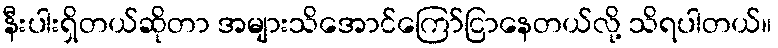
နီးပါးရှိတယ်ဆိုတာ အများသိအောင်ကြော်ငြာနေတယ်လို့ သိရပါတယ်။